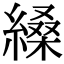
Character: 縔